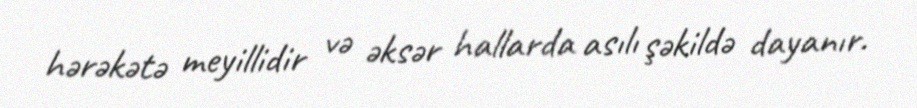
hərəkətə meyillidir və əksər hallarda asılı şəkildə dayanır.